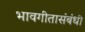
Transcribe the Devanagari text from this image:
भावगीतासंबंधी